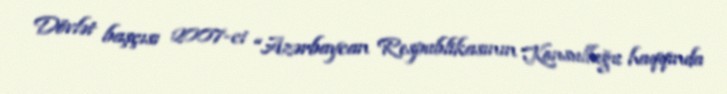
Dövlət başçısı 2007-ci “Azərbaycan Respublikasının Konsulluğu haqqında